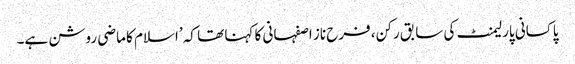
پاکسانی پارلیمنٹ کی سابق رکن، فرح ناز اصفہانی کا کہنا تھا کہ ’اسلام کا ماضی روشن ہے۔